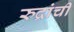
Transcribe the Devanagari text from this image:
रुद्रांचीं